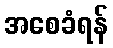
အစေခံရန်